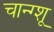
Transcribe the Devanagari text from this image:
चान्ग्शू